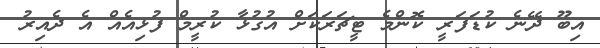
އިބޫ ދޭނެ ކުޑަފަރީ ކޮންމެ ޓީޗަރަކަށް އުގުޅާ ކުރީމް ފުޅިއެއް އެ ދެއިރު